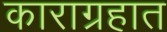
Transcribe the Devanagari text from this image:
काराग्रहात